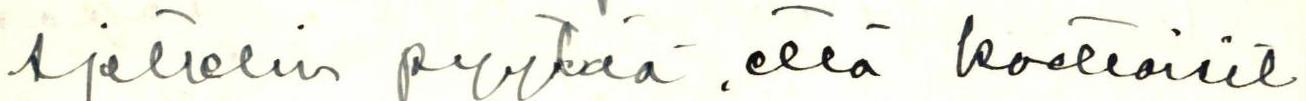
Ajattelin pyytää, että koettaisit